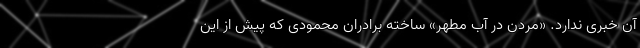
آن خبری ندارد. «مردن در آب مطهر» ساخته برادران محمودی که پیش از این